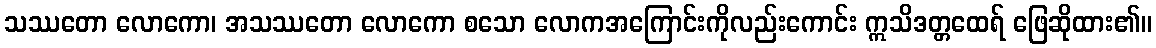
သဿတော လောကော၊ အသဿတော လောကော စသော လောကအကြောင်းကိုလည်းကောင်း ဣသိဒတ္တထေရ် ဖြေဆိုထား၏။